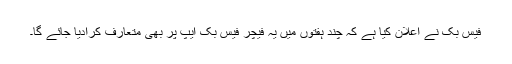
فیس بک نے اعلان کیا ہے کہ چند ہفتوں میں یہ فیچر فیس بک ایپ پر بھی متعارف کرادیا جائے گا۔